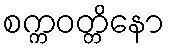
စက္ကဝတ္တိနော